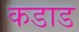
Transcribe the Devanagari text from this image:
कडाड